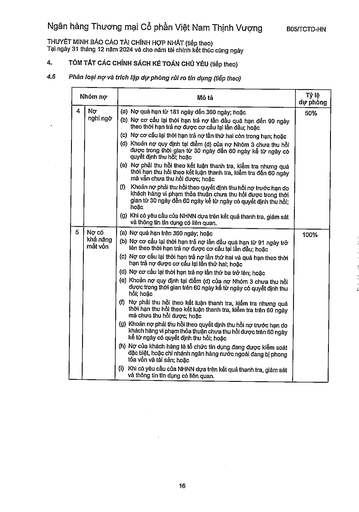
||Nhóm nợ|Mô tả|Tỷ lệ dự phòng| |---|---|---|---| |4|Nợ nghi ngờ|(a) Nợ quá hạn từ 181 ngày đến 360 ngày; hoặc (b) Nợ có cơ cấu lại thời hạn trả nợ lần đầu quá hạn đến 90 ngày theo thời hạn trả nợ được cơ cấu lại lần đầu; hoặc (c) Nợ có cơ cấu lại thời hạn trả nợ lần thứ hai còn trong hạn; hoặc (d) Khoản nợ quy định tại điểm (d) của nợ Nhóm 3 chưa thu hồi được trong thời gian từ 30 ngày đến 60 ngày kể từ ngày có quyết định thu hồi; hoặc (e) Nợ phải thu hồi theo kết luận thanh tra, kiểm tra nhưng quá thời hạn thu hồi theo kết luận thanh tra, kiểm tra đến 60 ngày mà vẫn chưa thu hồi được; hoặc (f) Khoản nợ phải thu hồi theo quyết định thu hồi nợ trước hạn do khách hàng vi phạm thỏa thuận chưa thu hồi được trong thời gian từ 30 ngày đến 60 ngày kế tiếp ngày có quyết định thu hồi; hoặc (g) Khi có yêu cầu của NHNN dựa trên kết quả thanh tra, giám sát và thông tin tín dụng có liên quan.|50%| |5|Nợ có khả năng mất vốn|(a) Nợ quá hạn trên 360 ngày; hoặc (b) Nợ có cơ cấu lại thời hạn trả nợ lần đầu quá hạn từ 91 ngày trở lên theo thời hạn trả nợ được cơ cấu lại lần đầu; hoặc (c) Nợ có cơ cấu lại thời hạn trả nợ lần thứ hai và quá hạn theo thời hạn trả nợ được cơ cấu lại lần thứ hai; hoặc (d) Nợ có cơ cấu lại thời hạn trả nợ lần thứ ba trở lên; hoặc (e) Khoản nợ quy định tại điểm (d) của nợ Nhóm 3 chưa thu hồi được trong thời gian trên 60 ngày kể từ ngày có quyết định thu hồi; hoặc (f) Nợ phải thu hồi theo kết luận thanh tra, kiểm tra nhưng quá thời hạn thu hồi theo kết luận thanh tra, kiểm tra trên 60 ngày mà chưa thu hồi được; hoặc (g) Khoản nợ phải thu hồi theo quyết định thu hồi nợ trước hạn do khách hàng vi phạm thỏa thuận chưa thu hồi được trên 60 ngày kế tiếp ngày có quyết định thu hồi; hoặc (h) Nợ của khách hàng là tổ chức tín dụng đang được kiểm soát đặc biệt, hoặc chi nhánh ngân hàng nước ngoài đang bị phong tỏa vốn và tài sản; hoặc (i) Khi có yêu cầu của NHNN dựa trên kết quả thanh tra, giám sát và thông tin tín dụng có liên quan.|100%|